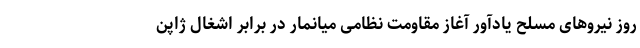
روز نیروهای مسلح یادآور آغاز مقاومت نظامی میانمار در برابر اشغال ژاپن